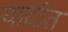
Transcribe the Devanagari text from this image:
यार्दात